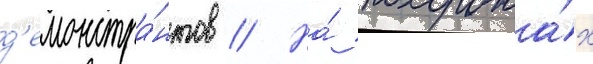
д'емонстра́нтов // На́ похорона́х